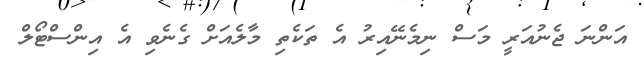
އަންނަ ޖެނުއަރީ މަސް ނިމެނޭއިރު އެ ތަކެތި މާލެއަށް ގެނެވި އެ އިންސްޓޯލް